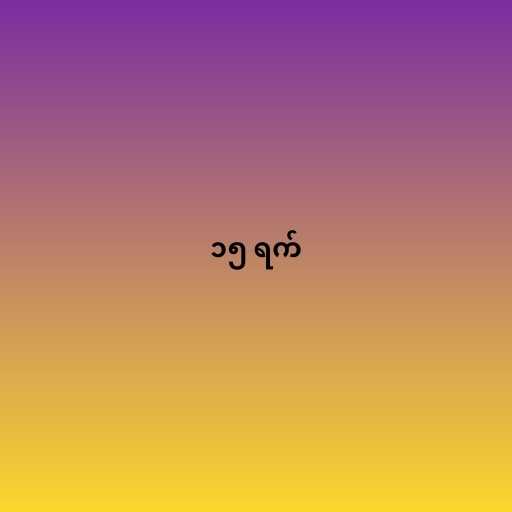
၁၅ ရက်